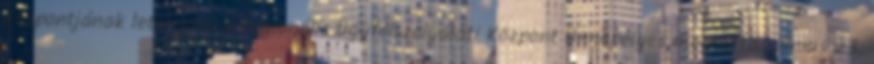
központjának letelepítése Regionális Ügyfélszolgálati Központ Ünnepélyes megnyitás június 23.